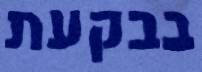
בבקעת